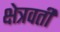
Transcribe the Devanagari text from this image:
क्षेत्रवर्ती